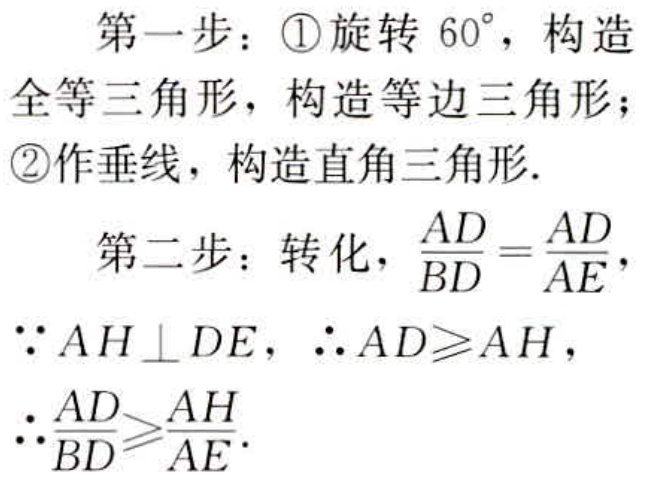
第一步：\textcircled{1}旋转 \(60^{\circ}\)，构造

全等三角形，构造等边三角形；

\textcircled{2}作垂线，构造直角三角形.

第二步：转化，\(\frac{AD}{BD}=\frac{AD}{AE}\)，

\(\because AH\perp DE\)，\(\therefore AD\geqslant AH\)，

\(\therefore\frac{AD}{BD}\geqslant\frac{AH}{AE}\).